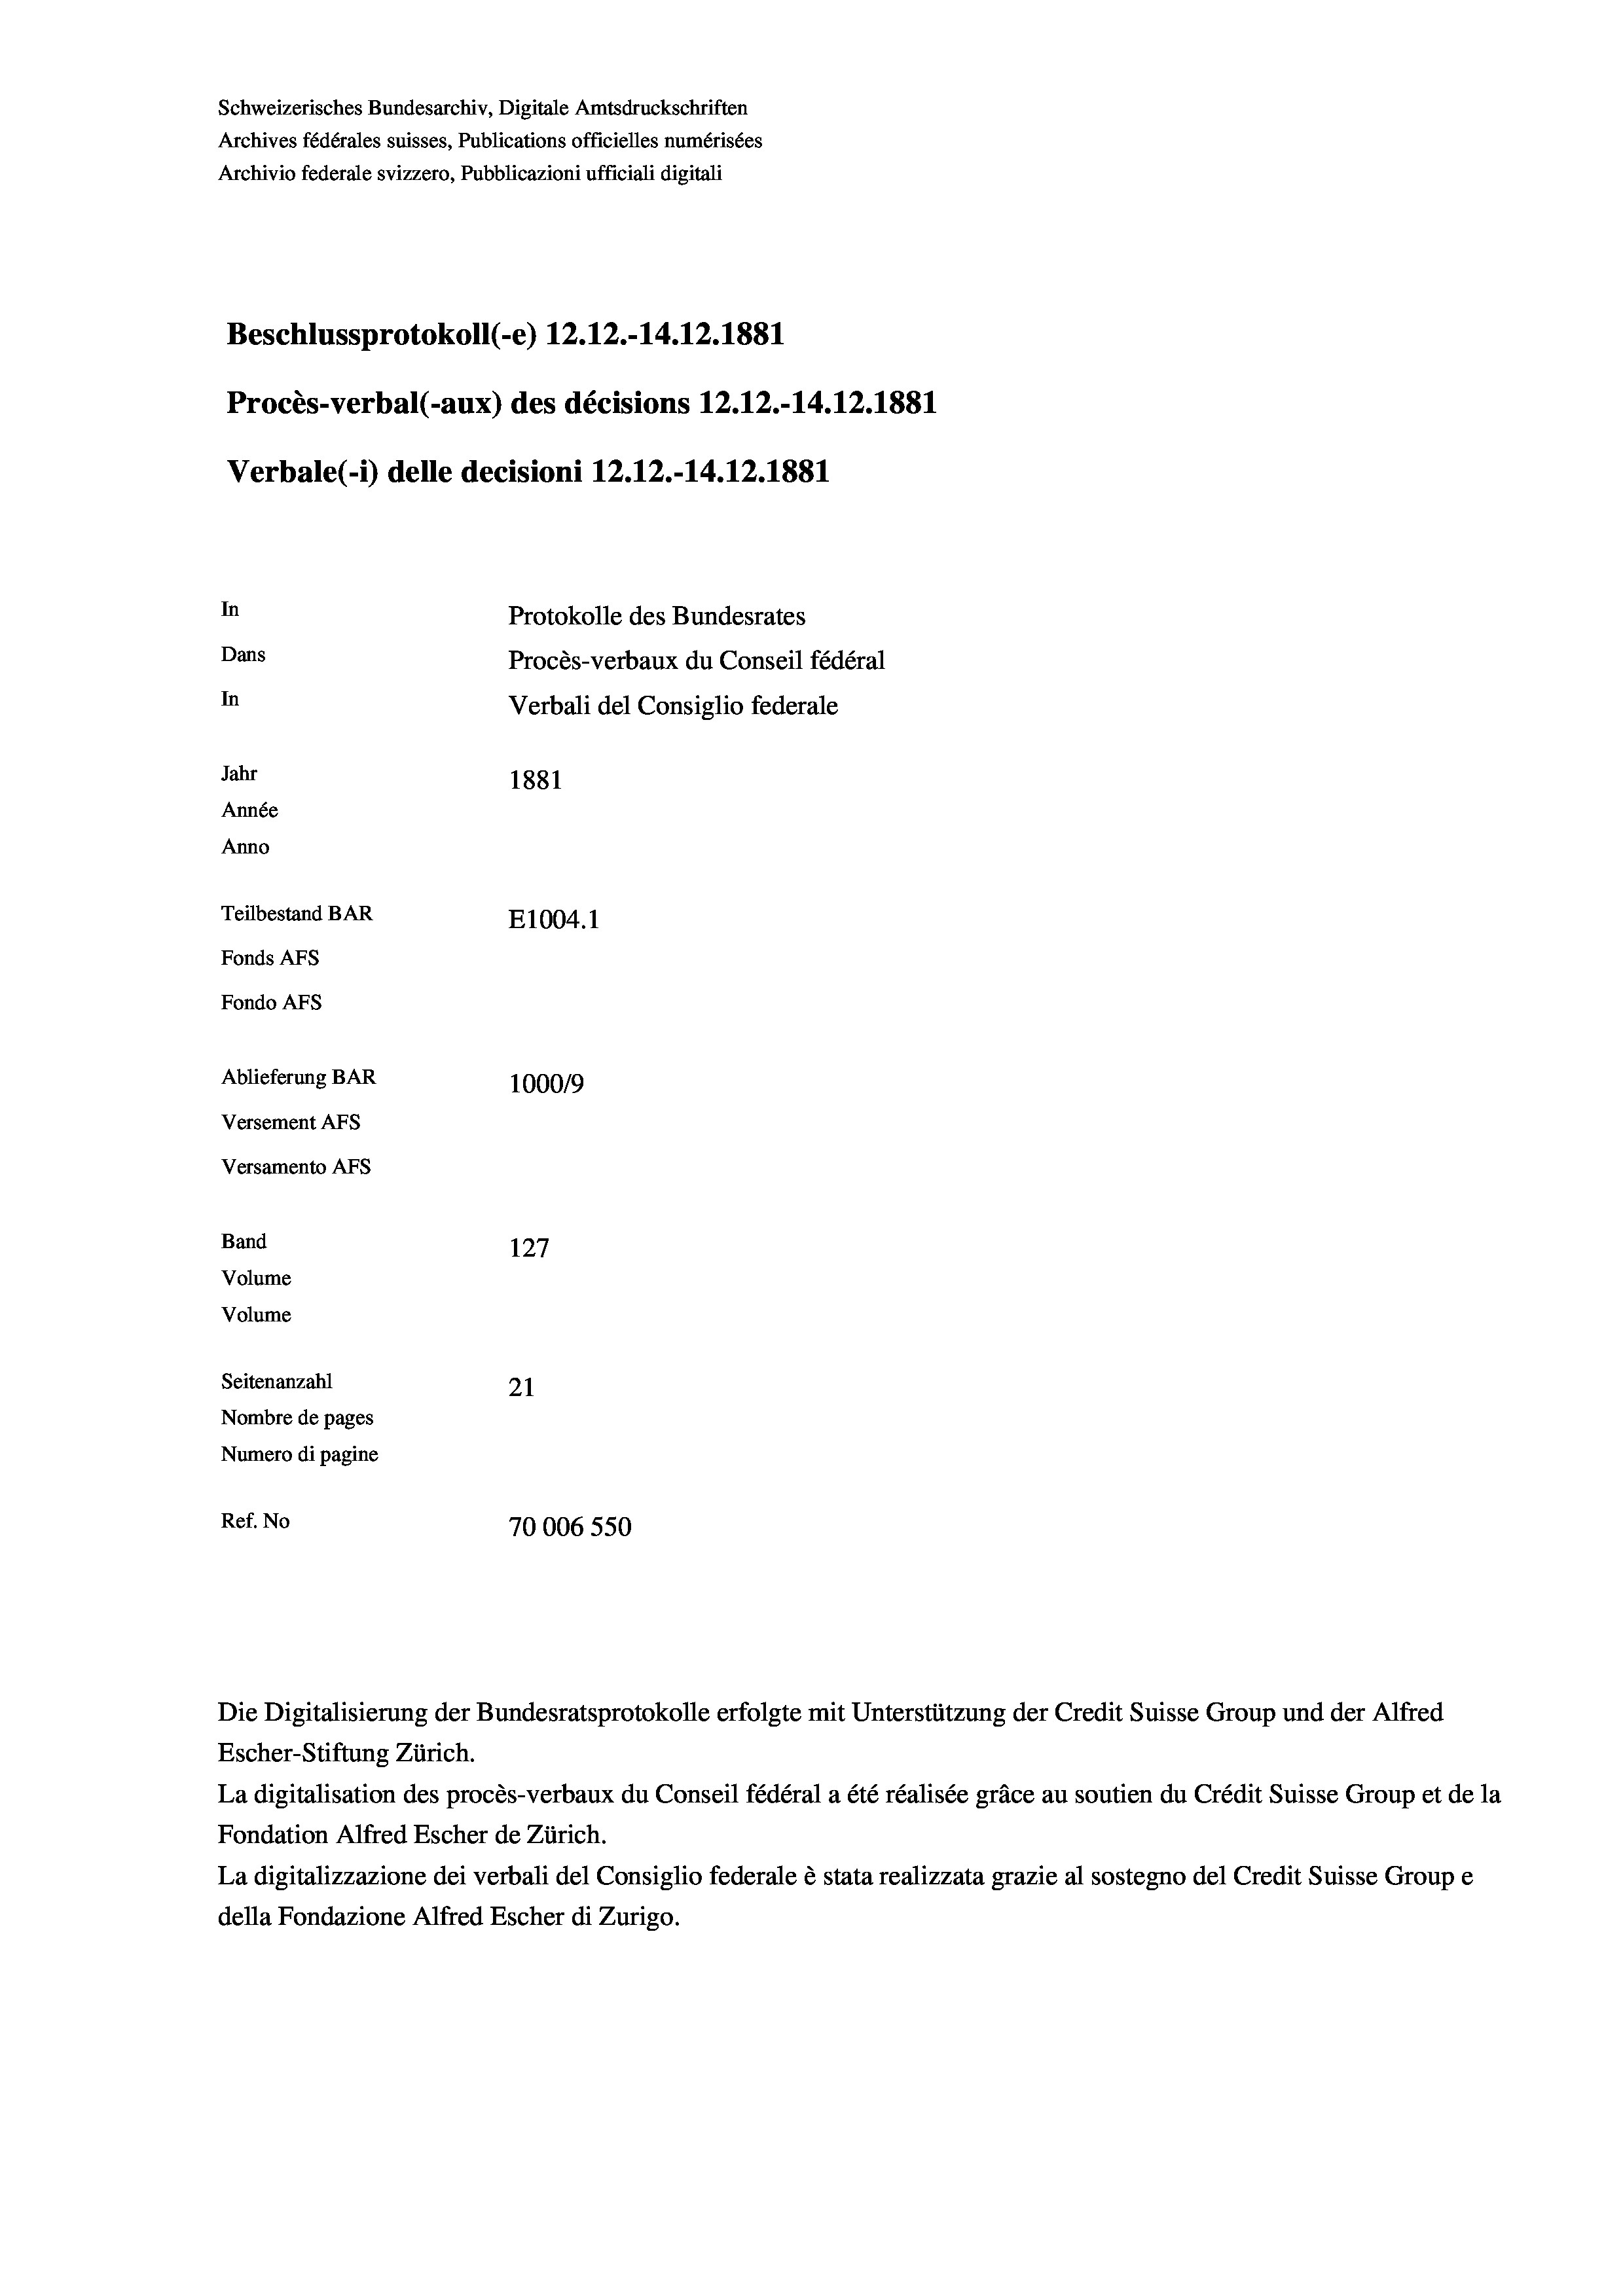
Schweizerisches Bundesarchiv, Digitale Amtsdruckschriften
Archives fédérales suisses, Publications officielles numérisées
Archivio federale svizzero, Pubblicazioni ufficiali digitali
Beschlussprotokoll (-e) 12.12.-14.12.1881
Procès-verbal (-aux) des décisions 12.12.-14.12.1881
Protokolle des Bundesrates
Dans
Procès-verbaux du Conseil fédéral
In
Verbali del Consiglio federale
Jahr
1881
Année
Anno
Teilbestand BAR
E1004. 1
Fonds AFs
Fondo AFS
Ablieferung BAR
100019
Versement AFs
Versamento Afs

In

Band

127
Volume
Volume
Seitenanzahl
21
Nombre de pages
Numero di pagine
Ref. No
70006 550

Verbale (- 1) delle decisioni 12.12.-14.12.1881

Die Digitalisierung der Bundesratsprotokolle erfolgte mit Unterstützung der Credit Suisse Group und der Alfred
Escher-Stiftung Zürich.
La digitalisation des procès-verbaux du Conseil fédéral a été réalisée gräce au soutien du Crédit Suisse Group et de la
Fondation Alfred Escher de Zürich.
La digitalizzazione dei verbali del Consiglio federale è stata realizzata grazie al sostegno del Credit Suisse Groupe
della Fondazione Alfred Escher di Zurigo.